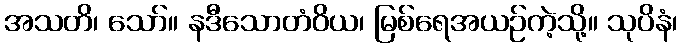
အသတိ၊ သော်။ နဒီသောတံဝိယ၊ မြစ်ရေအယဉ်ကဲ့သို့။ သုပိနံ၊